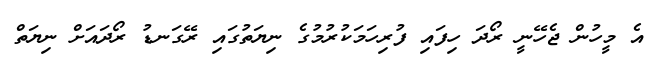
އެ މީހުން ޖެހޭނީ ރޯދަ ހިފައި ފުރިހަމަކުރުމުގެ ނިޔަތުގައި ރޭގަނޑު ރޯދައަށް ނިޔަތް